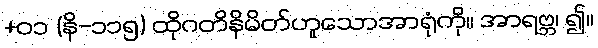
+၀၁ (နိ-၁၁၅) ထိုဂတိနိမိတ်ဟူသောအာရုံကို။ အာရဗ္ဘ၊ ၍။